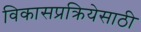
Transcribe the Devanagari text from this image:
विकासप्रक्रियेसाठी